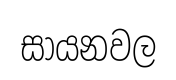
සායනවල